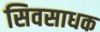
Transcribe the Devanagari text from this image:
सिवसाधक